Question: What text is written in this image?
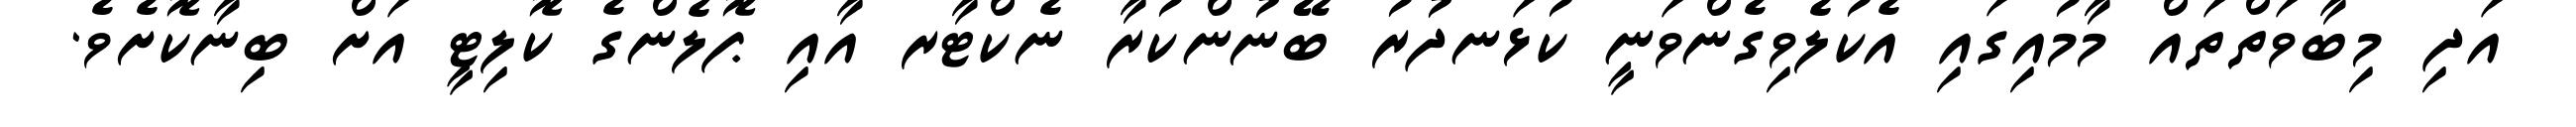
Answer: އަދި މިބާވަތްތައް މާމުއިގައި އެކުލެވިގެންވަނީ ކުޅަނދުރު ބޭނުންކުރާ ނެކްޓާރ އާއި ޕޮލެންގެ ކޮލިޓީ އަށް ބިނާކޮށެވެ.